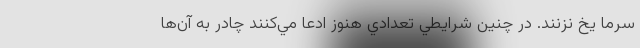
سرما يخ نزنند. در چنين شرايطي تعدادي هنوز ادعا مي‌كنند چادر به آن‌ها